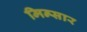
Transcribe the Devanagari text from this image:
मिन्सार